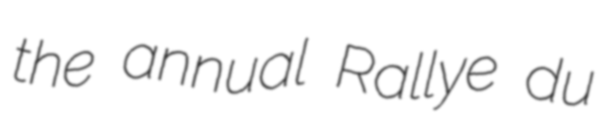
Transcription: the annual Rallye du